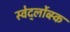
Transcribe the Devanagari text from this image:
स्वेर्द्लोव्स्क